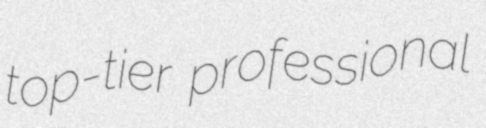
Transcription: top-tier professional